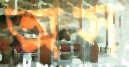
অস